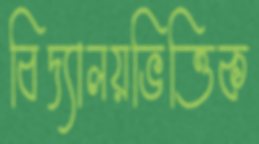
বিদ্যালয়ভিত্তিক